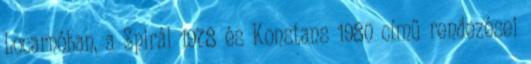
Locarnóban, a Spirál 1978 és Konstans 1980 című rendezései